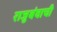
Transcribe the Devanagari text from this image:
राजुबंवाची